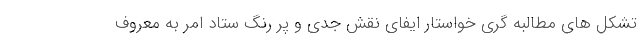
تشکل های مطالبه گری خواستار ایفای نقش جدی و پر رنگ ستاد امر به معروف